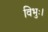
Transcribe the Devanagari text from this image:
विभुः।